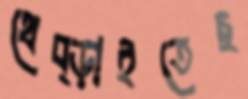
থেব্‌ড়াইতেছ